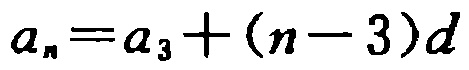
\(a_{n}=a_{3}+(n - 3)d\)